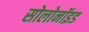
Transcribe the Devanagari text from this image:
सोलोनॉइड